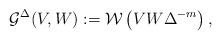
\begin{align*}\mathcal{G}^{\Delta}(V,W) := \mathcal{W}\left ( VW \Delta ^{-m}\right ),\end{align*}